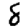
Digit: 8